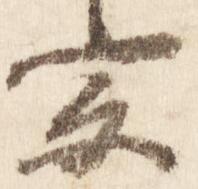
宗